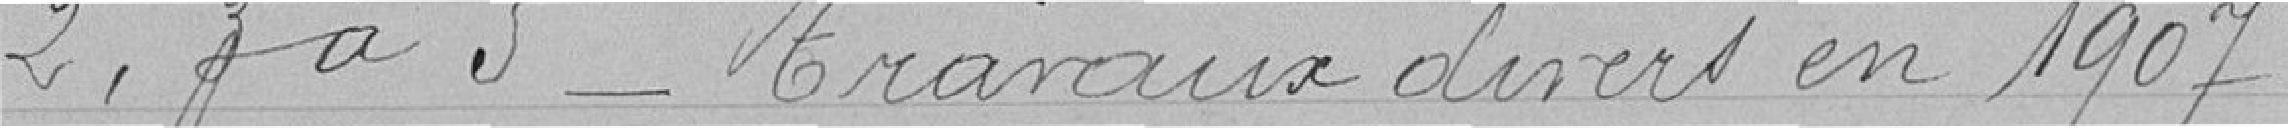
2° 3 à 5 - Travaux divers en 1907